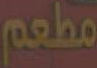
مطعم